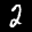
Label: 2